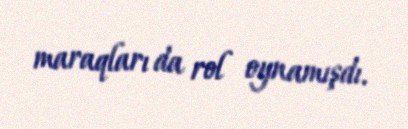
maraqları da rol oynamışdı.